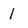
Character: 1